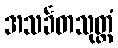
အသင်္ခတသုတ္တံ